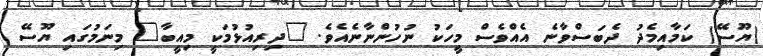
(ޔޫސޭ) ކަމާއިމެދު ދެބަސްވާނެ އެއްވެސް މީހަކު ނުހުންނާނެއެވެ. "ދިރިއުޅުމަކީ މިއީބާ" މިނަމުގައި ޔޫސޭ